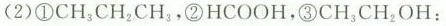
(2)①CH_{3}CH_{2}CH_{3}，②HCOOH，③CH_{3}CH_{2}OH：